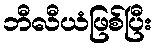
ဘီလီယံဖြစ်ပြီး